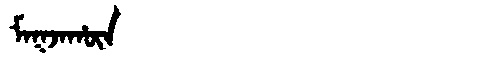
Manchu: ᠮᠠᡴᠵᠠᡥᡡᠨ
Romanization: MAKJAHŪN